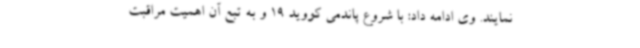
نمایند. وی ادامه داد: با شروع پاندمی کووید 19 و به تبع آن اهمیت مراقبت